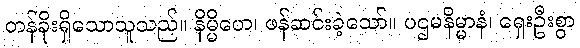
တန်ခိုးရှိသောသူသည်။ နိမ္မိတေ၊ ဖန်ဆင်းခဲ့သော်။ ပဌမနိမ္မာနံ၊ ရှေးဦးစွာ